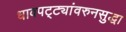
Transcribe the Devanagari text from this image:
धावपट्ट्यांवरुनसुद्धा